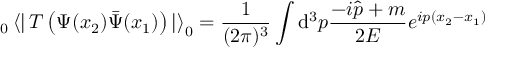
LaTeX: _ 0 \left< \right| T \left( \Psi ( x _ { 2 } ) \bar { \Psi } ( x _ { 1 } ) \right) \left| \right> _ { 0 } = \frac { 1 } { ( 2 \pi ) ^ { 3 } } \int { \mathrm d } ^ { 3 } p \frac { - i \hat { p } + m } { 2 E } e ^ { i p ( x _ { 2 } - x _ { 1 } ) }